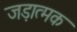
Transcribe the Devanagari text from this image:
जड़ात्मक